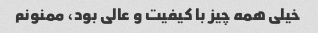
خیلی همه چیز با کیفیت و عالی بود، ممنونم